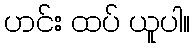
ဟင်း ထပ် ယူပါ။